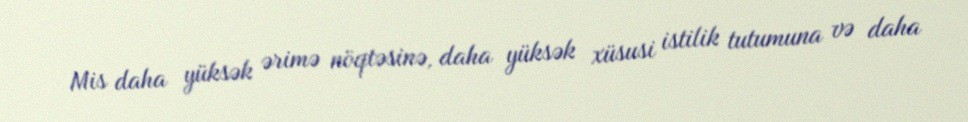
Mis daha yüksək ərimə nöqtəsinə, daha yüksək xüsusi istilik tutumuna və daha